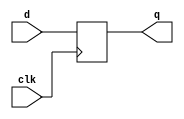
`timescale 1ns / 1ps
//////////////////////////////////////////////////////////////////////////////////
// Company: 
// Engineer: 
// 
// Design Name: 
// Module Name: piso
// Project Name: 
// Target Devices: 
// Tool Versions: 
// Description: 
// 
// Dependencies: 
// 
// Revision:
// Revision 0.01 - File Created
// Additional Comments:
// 
//////////////////////////////////////////////////////////////////////////////////
module d_ff(input clk,d,output reg q);
always@(posedge clk)
begin
q<=d;
end
endmodule

module piso(
    input clk,
    input pi,
    input [3:0] data,
    output [3:0] q
    );
  wire x1,x2,x3,x4,x5,x6,x7;
  wire d1,d2,d3;
  assign d1=((q[0]&pi)|(~pi&data[1]));
  assign d2=((q[1]&pi)|(~pi&data[2]));
  assign d3=((q[2]&pi)|(~pi&data[3]));
  d_ff DFF1(clk,data[0],q[0]);
  d_ff DFF2(clk,d1,q[1]);
  d_ff DFF3(clk,d2,q[2]);
  d_ff DFF4(clk,d3,q[3]);
  
endmodule